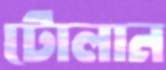
টোলান